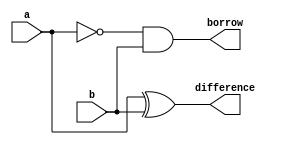
module halfsubtractor(a,b,borrow,difference);
    input a,b;
    output borrow,difference;
    assign difference = a^b;
    assign borrow = (~a)&b;
endmodule